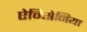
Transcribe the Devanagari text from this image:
ऐविसेनिया